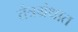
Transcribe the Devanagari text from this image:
तंत्रग्रंथात